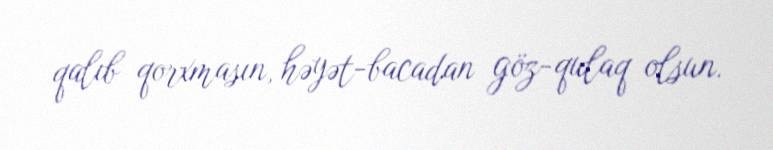
qalıb qorxmasın, həyət-bacadan göz-qulaq olsun.